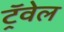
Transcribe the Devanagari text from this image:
ट्रॅवेल